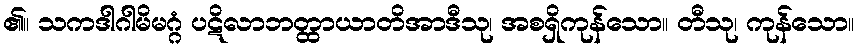
၏။ သကဒါဂါမိမဂ္ဂံ ပဋိလာဘတ္ထာယာတိအာဒီသု၊ အစရှိကုန်သော။ တီသု၊ ကုန်သော။